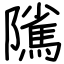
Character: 隲